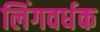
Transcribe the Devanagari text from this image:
लिंगवर्धक